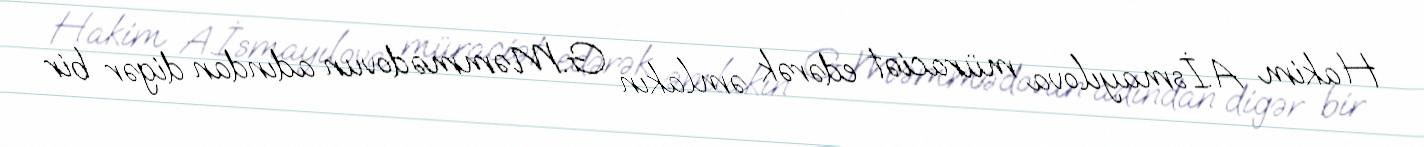
Hakim A.İsmayılova müraciət edərək əmlakın G.Məmmədovun adından digər bir